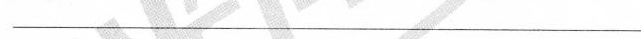
——————————————————————————————————